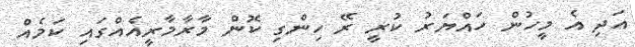
އަދި އެ މީހުން ހައްޔަރު ކުރީ ރޭ ހިންގި ކޮން މާރާމާރީއެއްގައި ކަމެއް